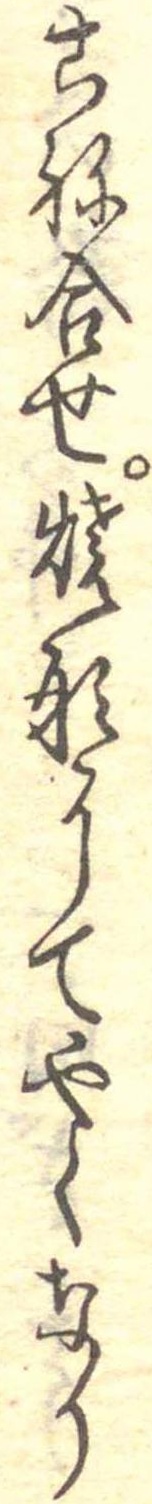
こね合せ焼形にてやくなり